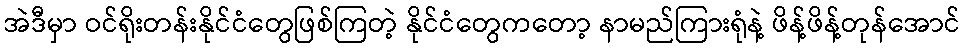
အဲဒီမှာ ဝင်ရိုးတန်းနိုင်ငံတွေဖြစ်ကြတဲ့ နိုင်ငံတွေကတော့ နာမည်ကြားရုံနဲ့ ဖိန့်ဖိန့်တုန်အောင်